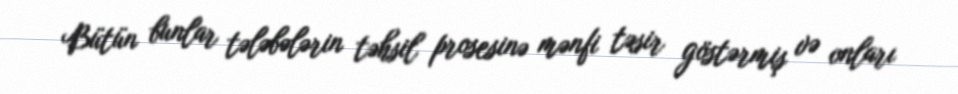
Bütün bunlar tələbələrin təhsil prosesinə mənfi təsir göstərmiş və onları